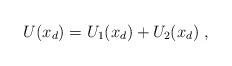
LaTeX: \begin{align*} U(x_d) = U_1(x_d) + U_2(x_d) \;, \end{align*}